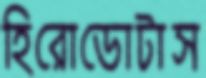
হিরোডোটাস